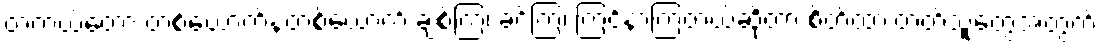
တကယ်တော့ တစ်ယောက်နဲ့တစ်ယောက် ချစ်ကြ၊ ခင်ကြ၊ ကြင်နာကြတယ်ဆိုတာ စိတ်ထားတတ်သူတွေအတွက်